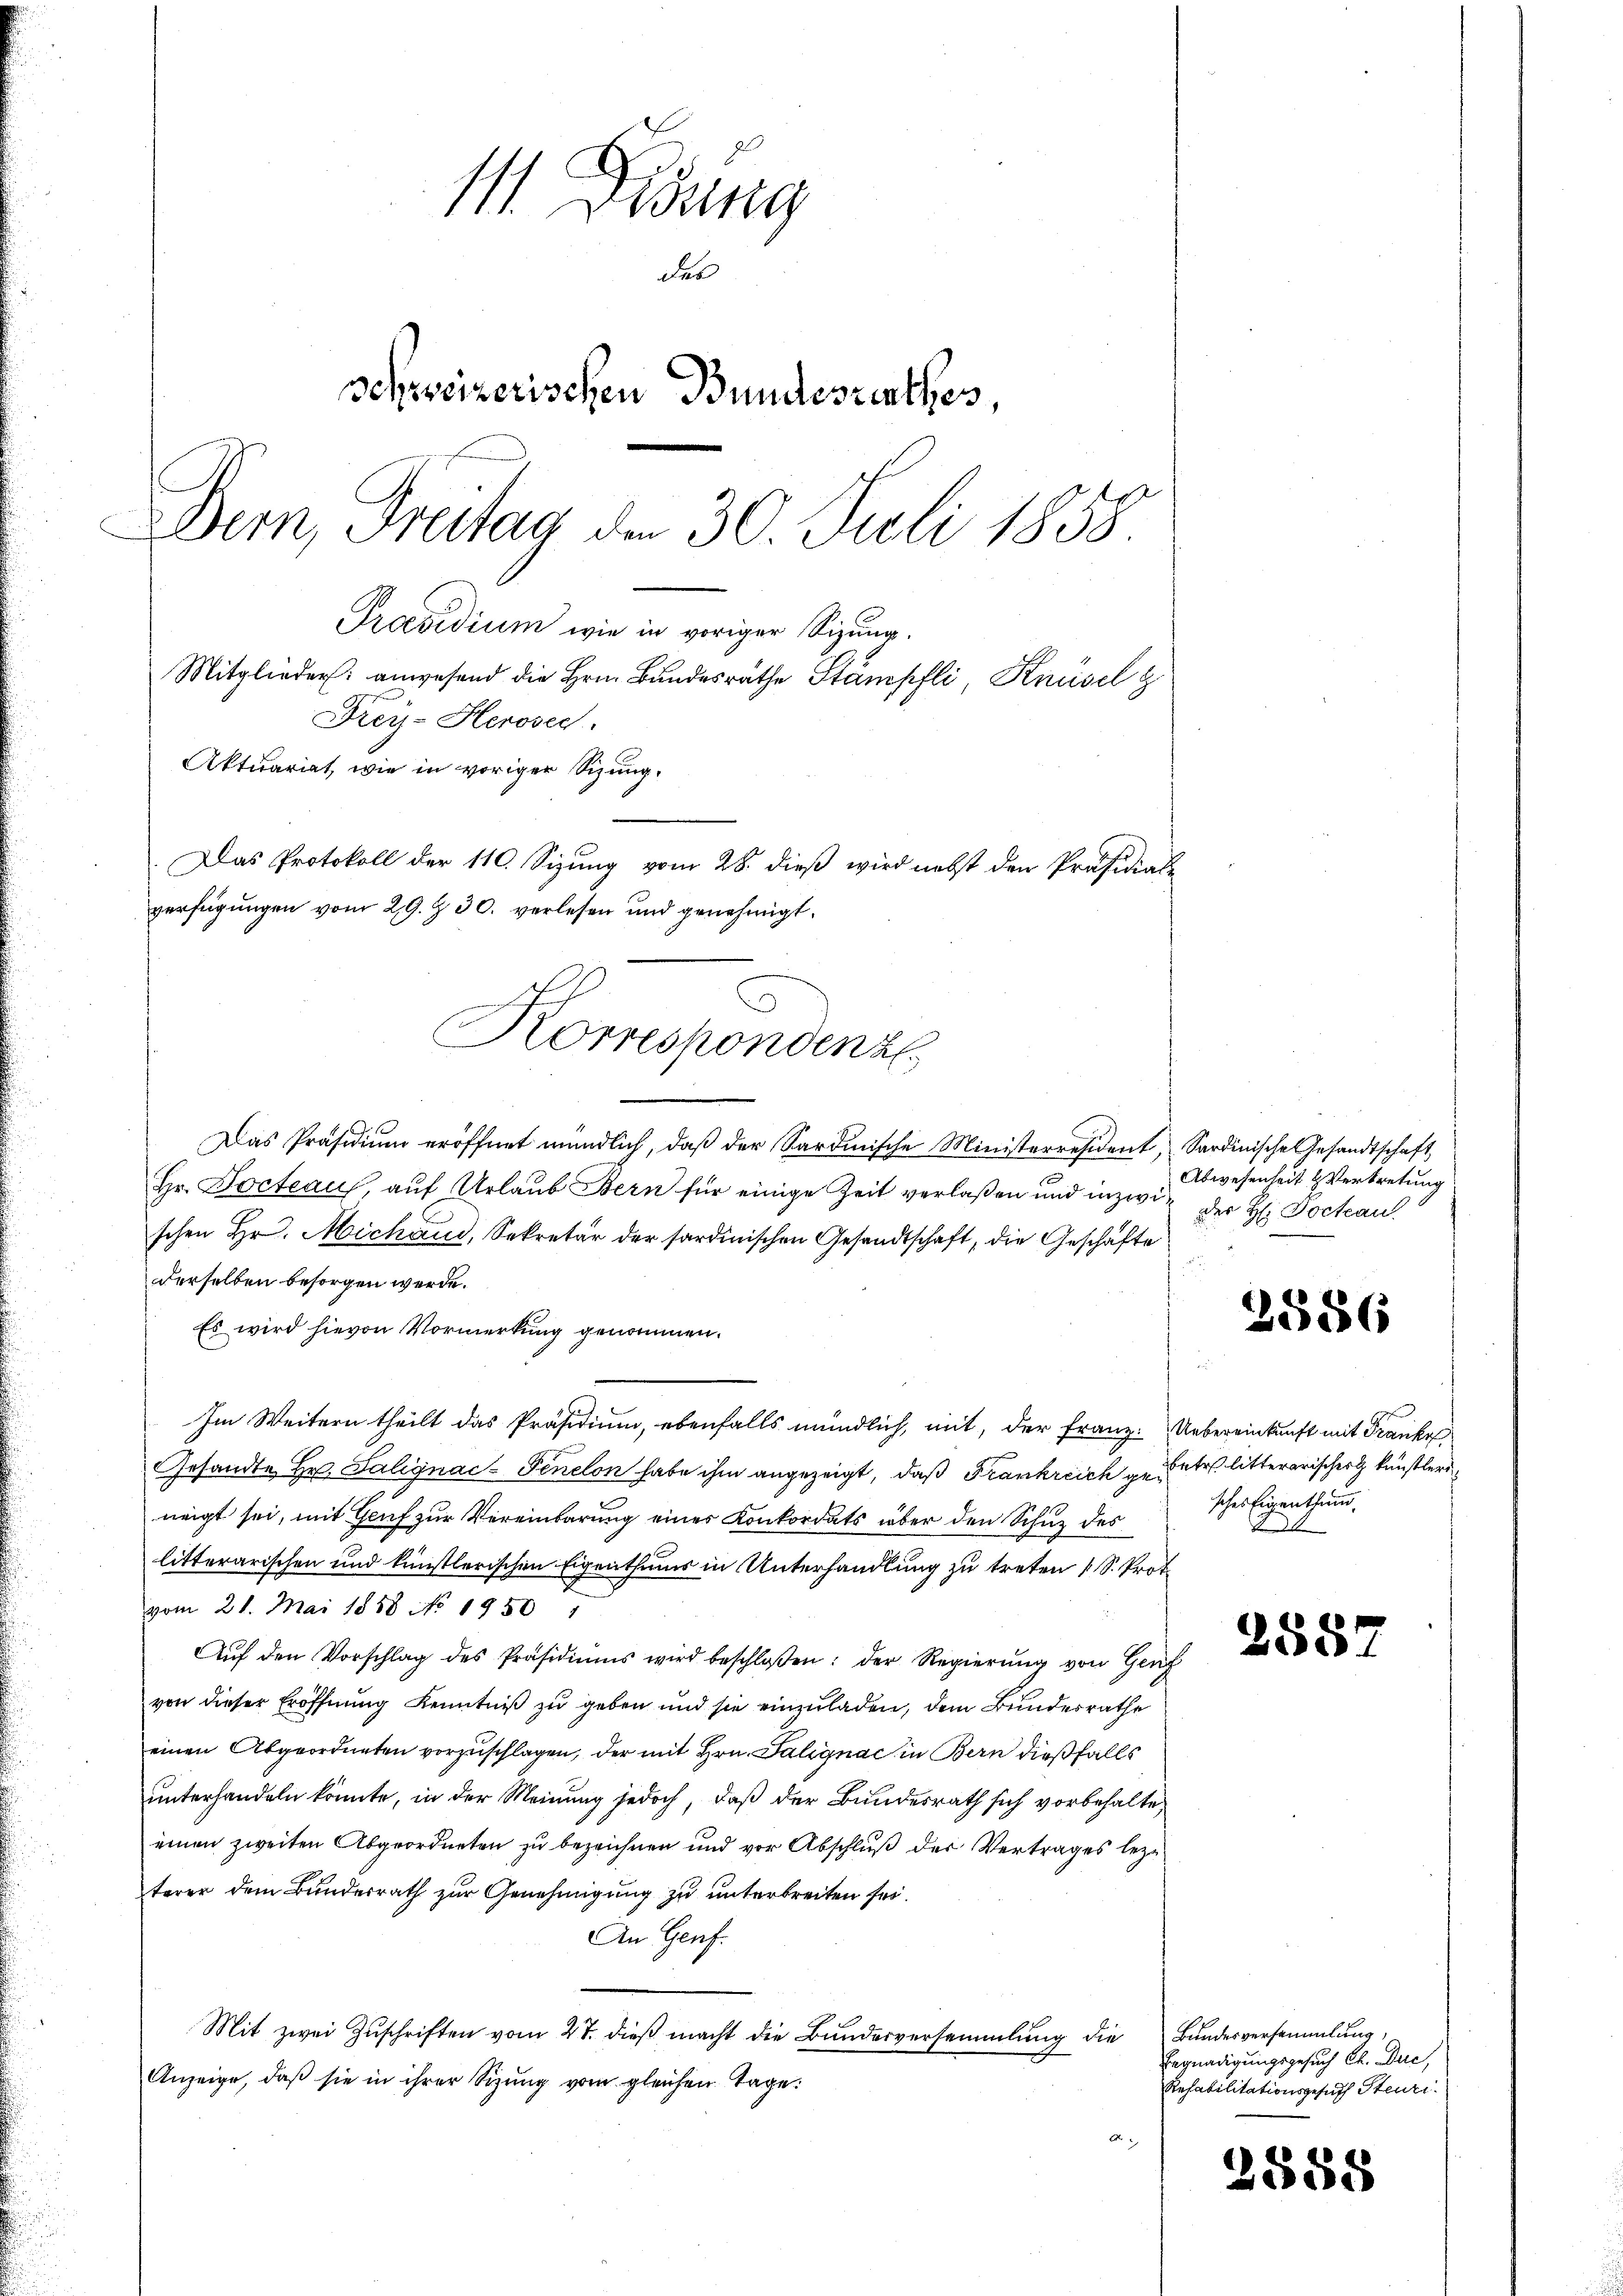
111. Dedung
das
schweizerischen Bundesrathes,
Der, Freitag den 30. Juli 1858
Praesidium wie in voriger Sizung.
Mitglieder anwesend die Hrn. Bundesrathe Stämpfli, Knüsel z
Frey-Heroser.

Aktuariat, wie in voriger Sizung.
Das Protokoll der 110. Sizung vom 28. dieß wird nebst den Präsidial-
verfügungen vom 29. Z. 30. verlesen und genehmigt.
Korrespondenz

Das Präsidium eröffnet mündlich, daß der Sardinische Ministerresident,
Hr. Docteau, auf Urlaub Bern für einige Zeit verlaßen und inzwischen Hr. Michaud, Sekretär der sardinischen Gesandtschaft, die Geschäfte
derselben besorgen werde.
Es wird hievon Vormerkung genommen.
Im Weitern theilt das Präsidium, ebenfalls mündlich, mit, der Franz. Uebereinkunft mit Franke
Gesandte Hr. Salignac-Finelon habe ihm angezeigt, daß Frankreich gester litterarischer künstler
neigt sei, mit Genf zur Vereinbarung eines Konkordats über den Schur der
litterarischen und künstlerischen Eigenthums in Unterhandlung zu treten (S. Proto
vom 21. Mai 1858 No. 1950 1
Aŭf den Vorschlag des Präsidiŭms wird beschloßen: der Regierŭng von Gruf
von dieser Eröffnung Kenntniß zu geben und sie einzuladen, dem Bundesrathe
einen Abgeordneten vorzŭschlagen, der mit Hrn. Salignac in Bern dießfalls
unterhandeln könnte, in der Meinung jedoch, daß der Bundesrath sich vorbehalteeinen zweiten Abgeordneten zu bezeichnen und vor Abschluß der Vertrages beze
terer dem Bunderrath zur Genehmigung zu unterbreiten sei.
An Genf.
Mit zwei Zŭschriften vom 27. dieβ macht die Bundesversammlung die Bundesversammlung,
Anzeige, daβ sie in ihrer Sitzŭng vom gleichen Tage.

Sardinische Gesandtschaft,
Abwesenheit & Vertretung
der H. Dockau

d

2586

scher Eigenthum
20

288

Begnadigungsgesuch C. Duc
Rehabilitationsgesuch Steuri

2888